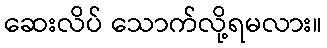
ဆေးလိပ် သောက်လို့ရမလား။